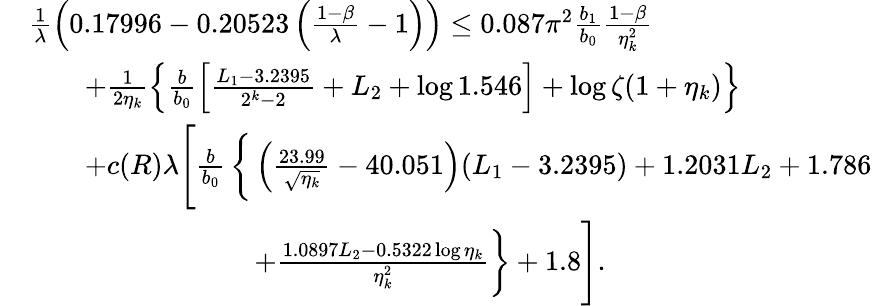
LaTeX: \begin{array}{rl}&{\frac{1}{\lambda}\left(0.17996-0.20523\left(\frac{1-\beta}{\lambda}-1\right)\right)\le 0.087\pi^{2}\frac{b_{1}}{b_{0}}\frac{1-\beta}{\eta_{k}^{2}}}\\ &{\qquad+\frac{1}{2\eta_{k}}\left\{ \frac{b}{b_{0}}\left[\frac{L_{1}-3.2395}{2^{k}-2}+L_{2}+\log 1.546\right]+\log\zeta(1+\eta_{k})\right\} }\\ &{\qquad+c(R)\lambda\Bigg[\frac{b}{b_{0}}\, \bigg\{ \left(\frac{23.99}{\sqrt{\eta_{k}}}-40.051\right)(L_{1}-3.2395)+1.2031L_{2}+1.786}\\ &{\qquad\qquad\qquad\qquad+\frac{1.0897L_{2}-0.5322\log\eta_{k}}{\eta_{k}^{2}}\bigg\} +1.8\Bigg].}\end{array}